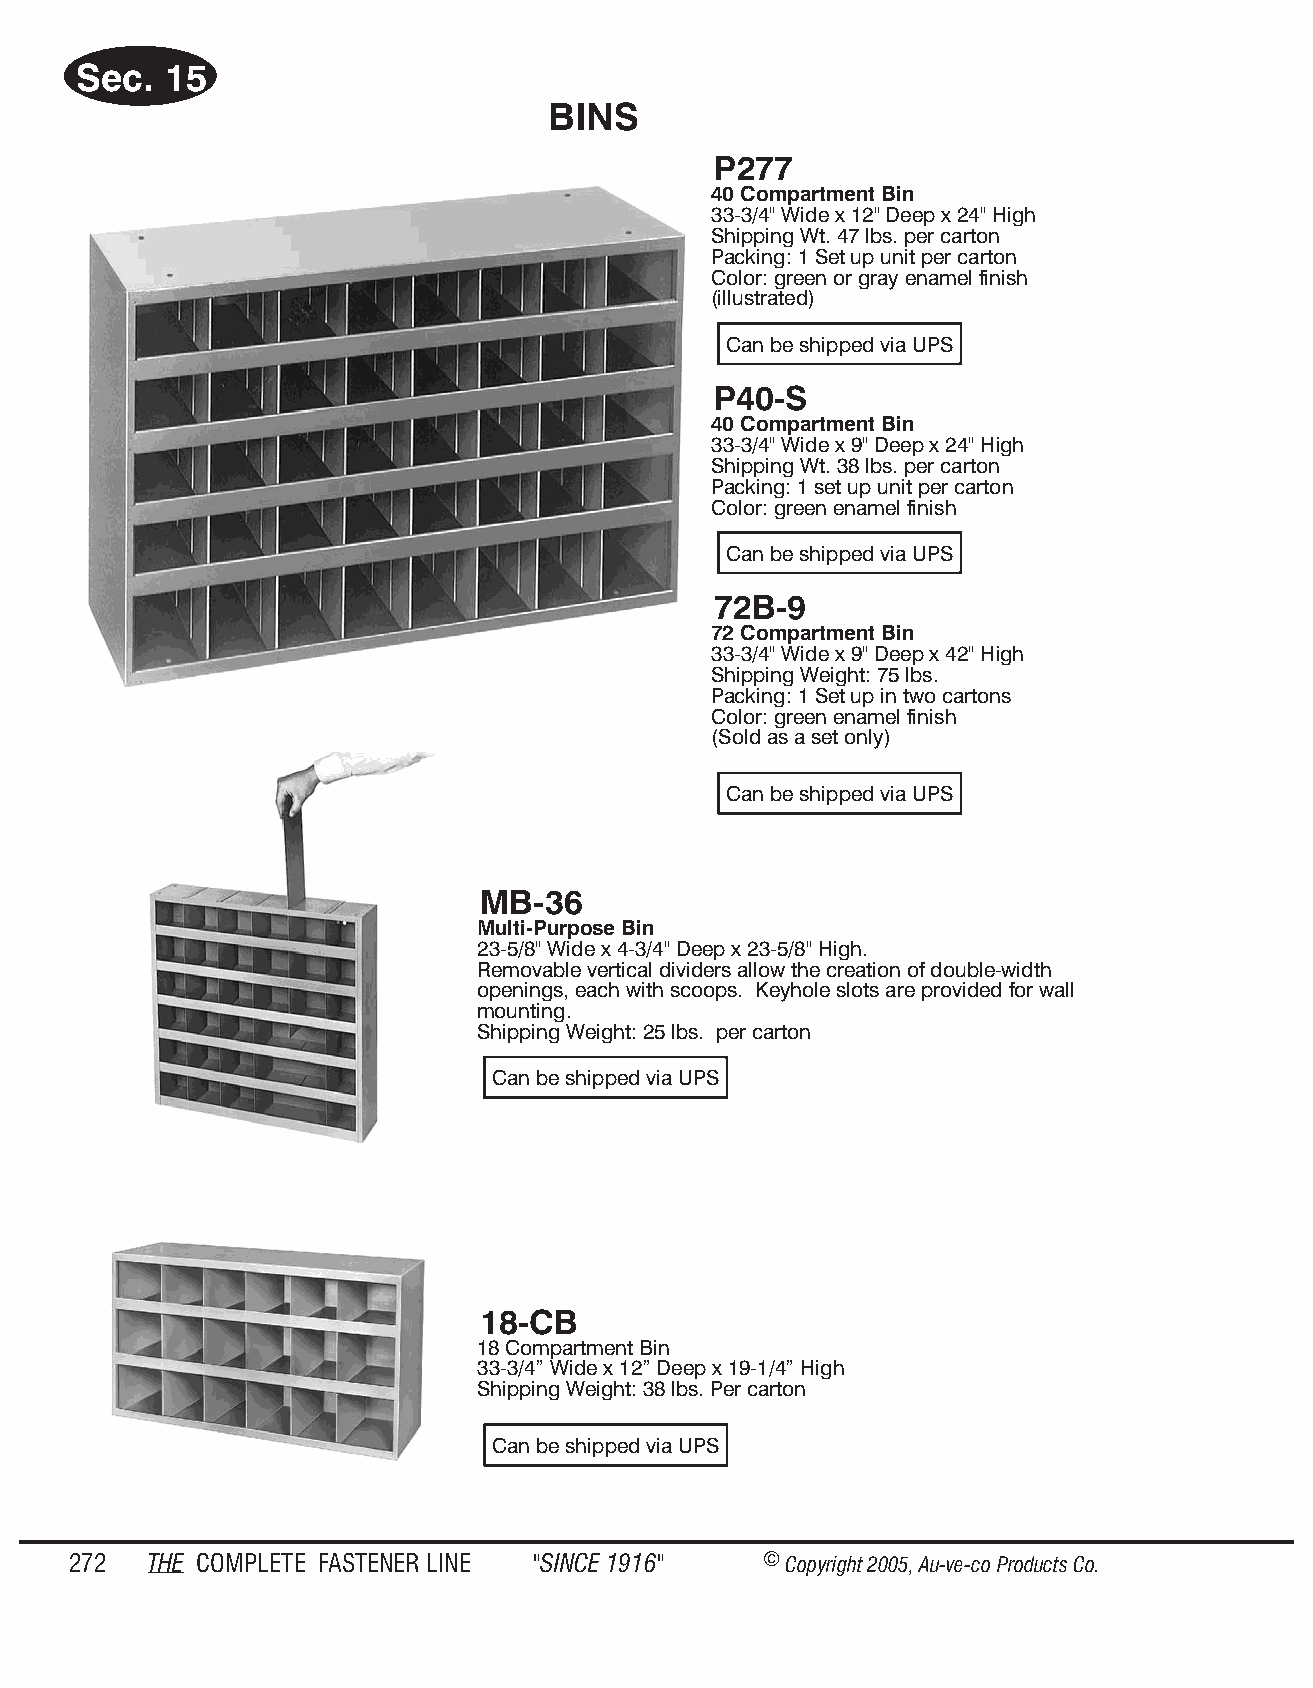
Sec.  15
 BINS
 P277
 40 Compartment Bin
 33-3/4" Wide x 12" Deep x 24" High
 Shipping Wt. 47 lbs. per carton
 Packing: 1 Set up unit per carton
 Color: green or gray enamel finish
 (illustrated)
 Can be shipped via UPS
 P40-S
 40 Compartment Bin
 33-3/4" Wide x 9" Deep x 24" High
 Shipping Wt. 38 lbs. per carton
 Packing: 1 set up unit per carton
 Color: green enamel finish
 Can be shipped via UPS
 72B-9
 72 Compartment Bin
 33-3/4" Wide x 9" Deep x 42" High
 Shipping Weight: 75 lbs.
 Packing: 1 Set up in two cartons
 Color: green enamel finish
 (Sold as a set only)
 Can be shipped via UPS
 MB-36
 Multi-Purpose Bin
 23-5/8" Wide x 4-3/4" Deep x 23-5/8" High.
 Removable vertical dividers allow the creation of double-width
 openings, each with scoops. Keyhole slots are provided for wall
 mounting.
 Shipping Weight: 25 lbs. per carton
 Can be shipped via UPS
 18-CB
 18 Compartment Bin
 33-3/4” Wide x 12” Deep x 19-1/4” High
 Shipping Weight: 38 lbs. Per carton
 Can be shipped via UPS
 272  THE COM PLETE FAST ENER LINE "SINCE 1916" © Copyr ight 2005, Au-ve-co Produ cts Co.